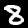
Label: 8